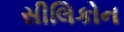
સીલિકોન